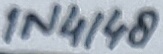
Text: 1N4148